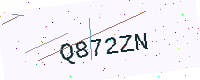
Text: Q872ZN